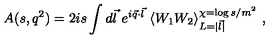
A ( s , q ^ { 2 } ) = 2 i s \int d \vec { l } \ e ^ { i \vec { q } \cdot \vec { l } } \ \langle W _ { 1 } W _ { 2 } \rangle _ { L = | \vec { l } | } ^ { \chi = \log s / m ^ { 2 } } \ ,